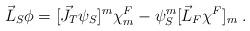
LaTeX: \begin{align*}\vec{L}_S\phi = [\vec{J}_T {\psi}_S]^m{\chi}^F_m - {\psi}_S^m[\vec{L}_F{\chi}^F]_m \;.\end{align*}